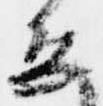
恐